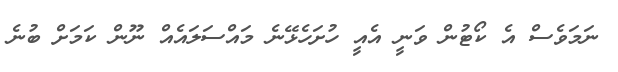
ނަމަވެސް އެ ކޯޓުން ވަނީ އެއީ ހުށަހެޅޭނެ މައްސަލައެއް ނޫން ކަމަށް ބުނެ